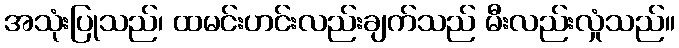
အသုံးပြုသည်၊ ထမင်းဟင်းလည်းချက်သည် မီးလည်းလှုံသည်။